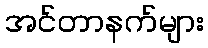
အင်တာနက်များ